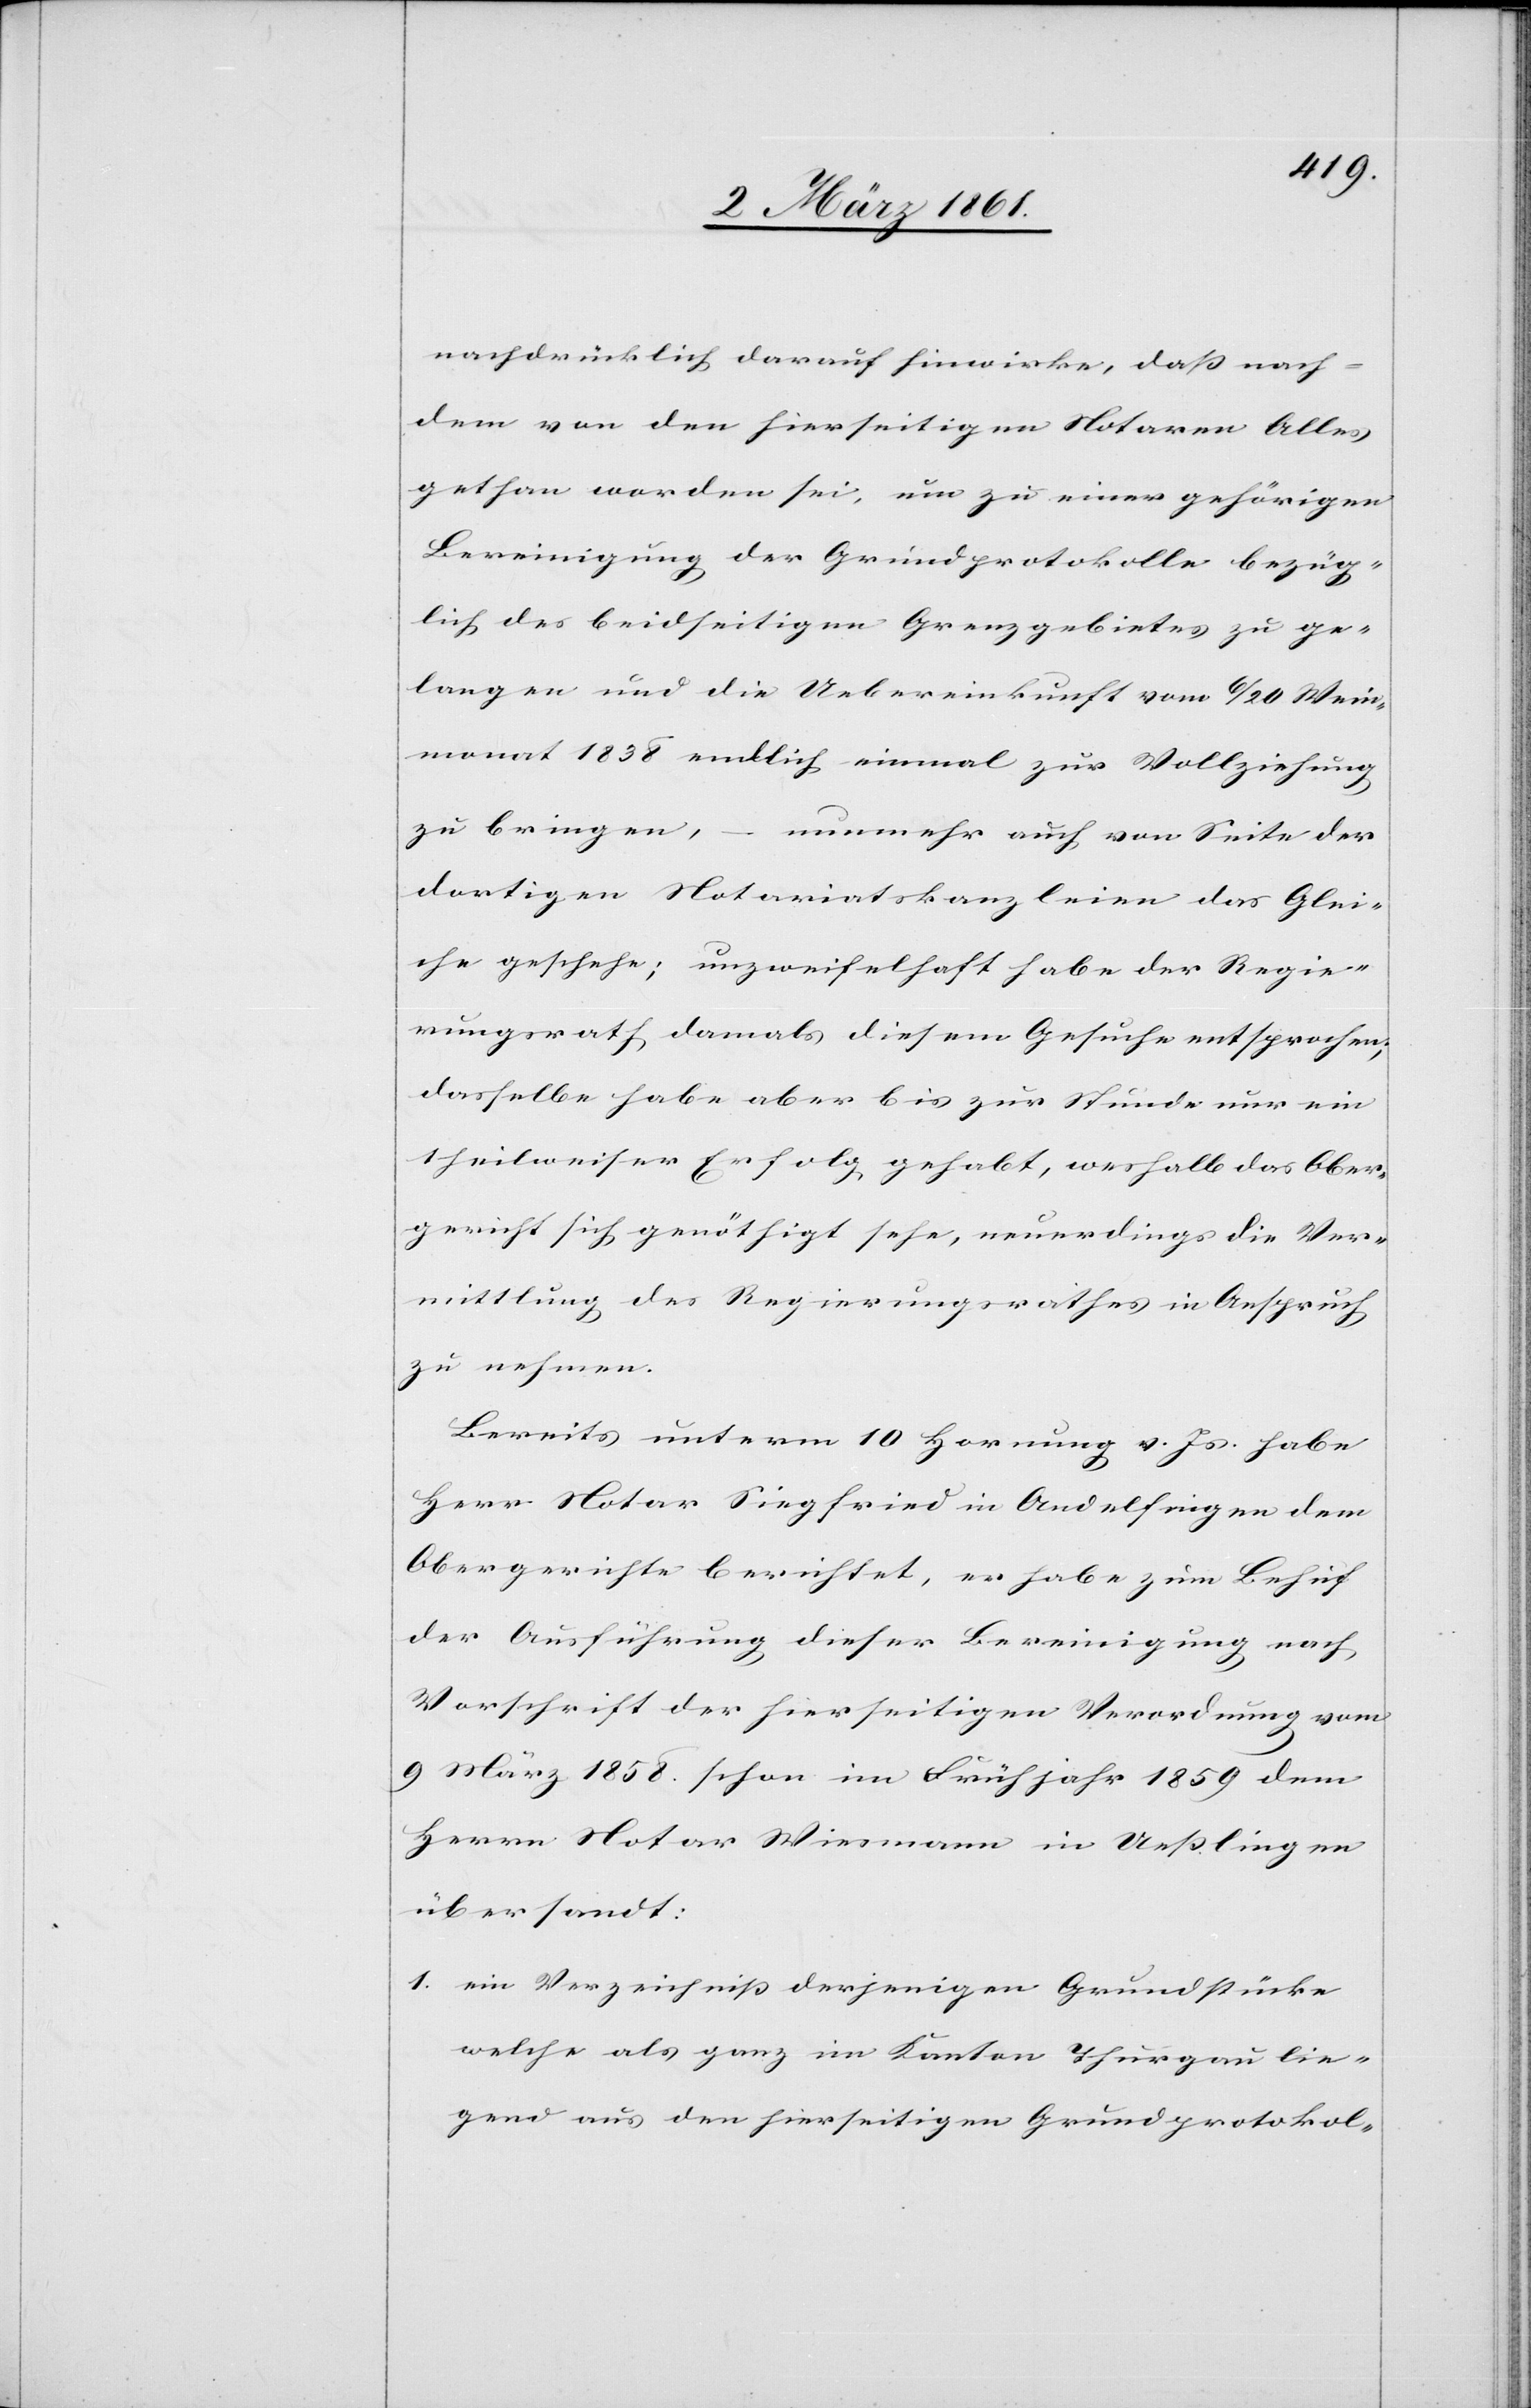
nachdrücklich darauf hinwirke, dass nach¬
dem von den hierseitigen Notaren Alles
gethan worden sei, um zu einer gehörigen
Bereinigung der Grundprotokolle bezüg¬
lich des beidseitigen Grenzgebietes zu ge¬
langen und die Uebereinkunft vom 6 / 20 Wein¬
monat 1838 endlich einmal zur Vollziehung
zu bringen,
– nunmehr auch von Seite der
dortigen Notariatskanzleien das Glei¬
che geschehe; unzweifelhaft habe der Regie¬
rungsrath damals diesem Gesuche entsprochen,
dasselbe habe aber bis zur Stunde nur ein
theilweiser Erfolg gehabt, weshalb das Ober¬
gericht sich genöthigt sehe, neuerdings die Ver¬
mittlung des Regierungsrathes in Anspruch
zu nehmen.
Bereits unterm 10 Hornung v. Js. habe
Herr Notar Siegfried in Andelfingen dem
Obergerichte berichtetet, er habe zum Behuf
der Ausführung dieser Bereinigung nach
Vorschrift der hierseitigen Verordnung vom
9 März 1858 schon im Frühjahr 1859 dem
Herrn Notar Wiesmann in Uesslingen
übersandt:
1. ein Verzeichniss derjenigen Grundstücke
welche als ganz im Kanton Thurgau lie¬
gend aus den hierseitigen Grundprotokol-